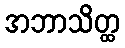
အဘာသိတ္ထ